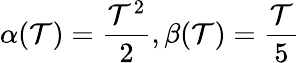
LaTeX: \alpha(\mathcal{T})=\frac{{\mathcal{T}^{2}}}{{2}},\beta(\mathcal{T})=\frac{{\mathcal{T}}}{{5}}